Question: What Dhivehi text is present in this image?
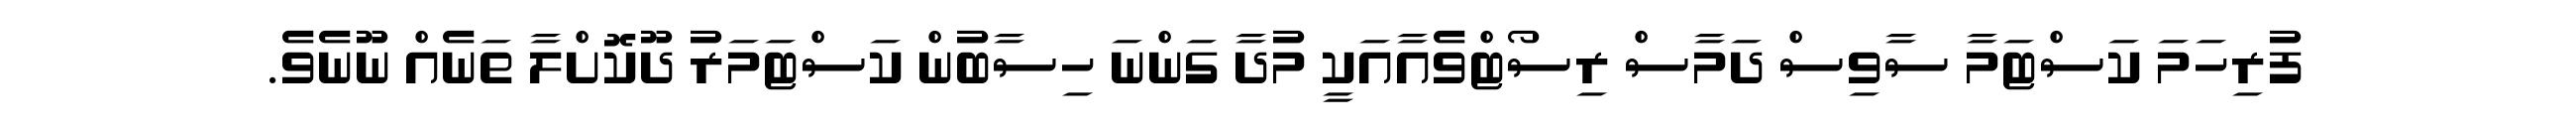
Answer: ފުރިހަމަ ކަސްޓަމާ ސާވިސް ދަމާސް ރިސޯޓްވެއާއަކީ މުދާ ގަންނަ ހިސާބުން ކަސްޓަމަރު ދޫކޮށްލާ ތަނެއް ނޫނެވެ.